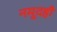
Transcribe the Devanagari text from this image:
नमूदही